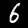
Digit: 6